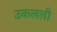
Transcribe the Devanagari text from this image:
उकलली